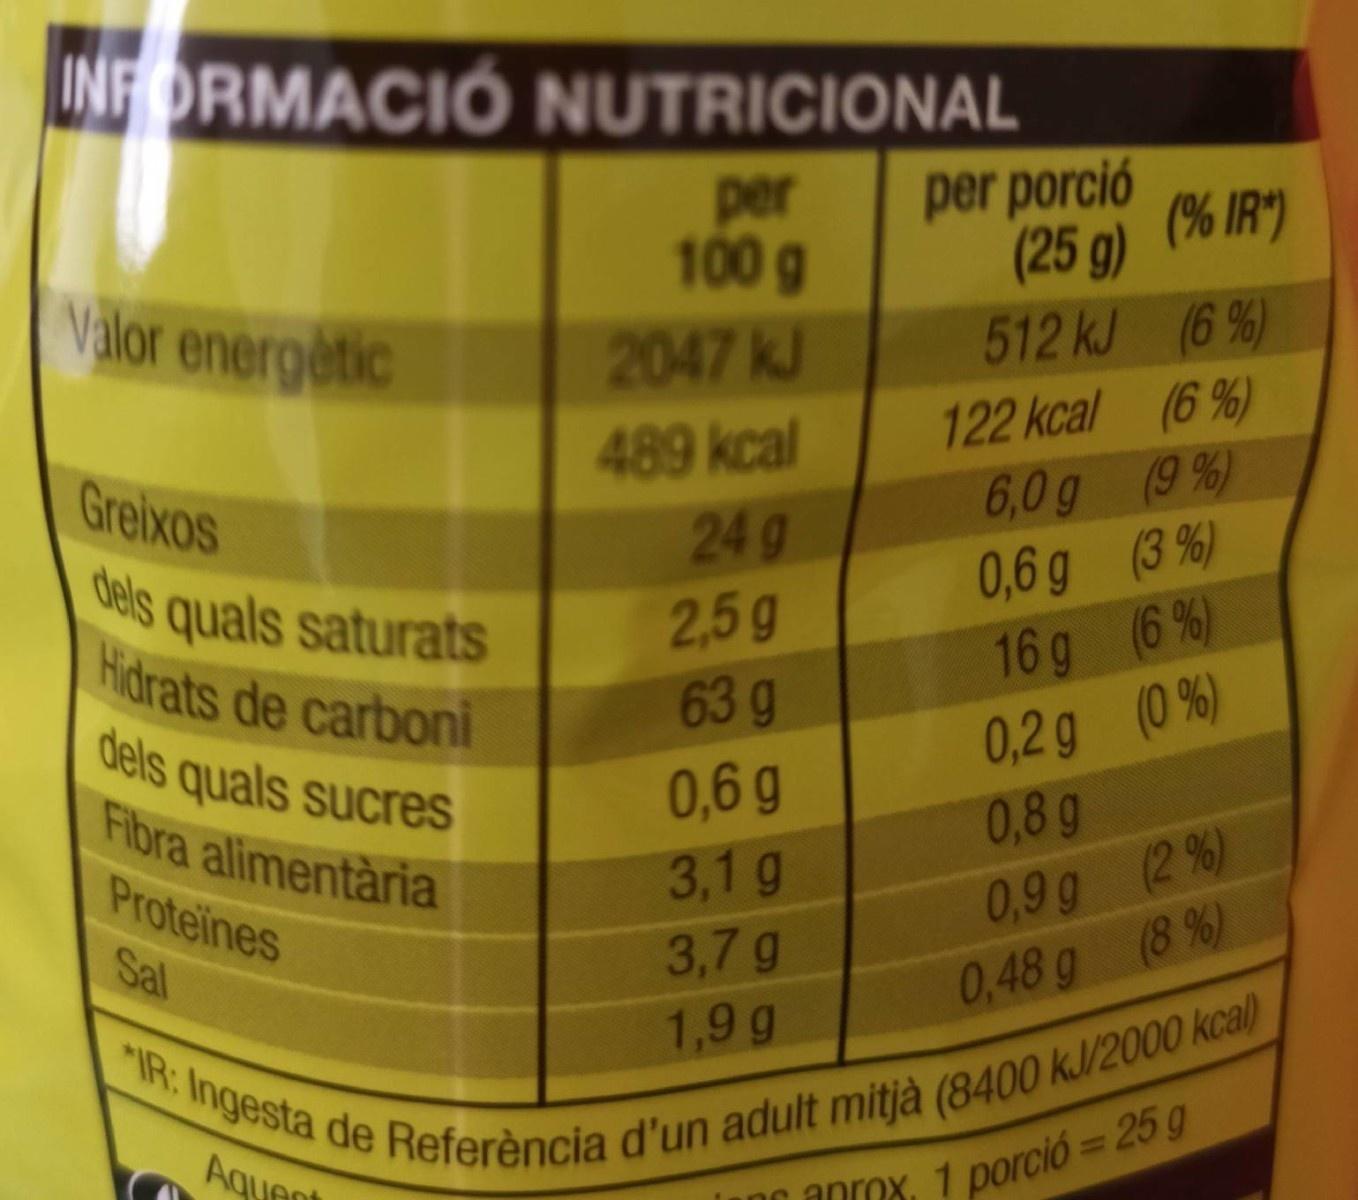
"IR: Ingesta de Referència d'un adult mitjà (8400 kJ/2000 kcal)
INFORMACIÓ NUTRICIONAL
per 100 g
per porció (% IR")
(25 g)
Valor energetic
2047 kJ
512 kJ (6 %)
122 kcal (6 %)
489 kcal 24 g 2,5g
Greixos
6,0g (9 %)
dels quals saturats Hidrats de carboni
0,6g (3 %) 16g (6 %) 0,2g (0 %) 0,8 g
63 g
dels quals sucres Fibra alimentària Proteines
0,6 g
3,1 g
0,9 g (2 %)
Sal
3,7 g
0,48 g (8 %)
1,9 g
Aquant
lanc anrox, 1 porció= 25 9